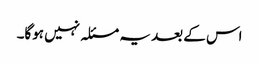
اس کے بعد یہ مسئلہ نہیں ہوگا۔